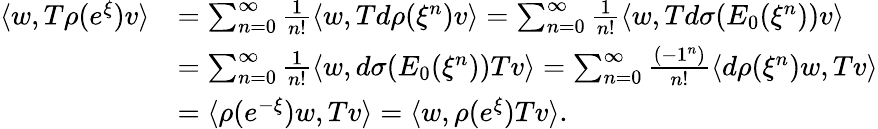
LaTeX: \begin{array}{rl}{\langle w,T\rho(e^{\xi})v\rangle}&{=\sum_{n=0}^{\infty}{\frac{1}{n!}}\langle w,Td\rho(\xi^{n})v\rangle=\sum_{n=0}^{\infty}{\frac{1}{n!}}\langle w,Td\sigma(E_{0}(\xi^{n}))v\rangle}\\ &{=\sum_{n=0}^{\infty}{\frac{1}{n!}}\langle w,d\sigma(E_{0}(\xi^{n}))Tv\rangle=\sum_{n=0}^{\infty}{\frac{(-1^{n})}{n!}}\langle d\rho(\xi^{n})w,Tv\rangle}\\ &{=\langle\rho(e^{-\xi})w,Tv\rangle=\langle w,\rho(e^{\xi})Tv\rangle.}\end{array}